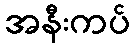
အနီးကပ်